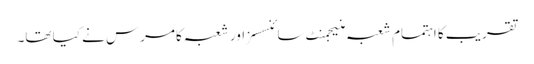
تقریب کا اہتمام شعبہ منیجمنٹ سائنسسز اور شعبہ کامرس نے کیا تھا۔